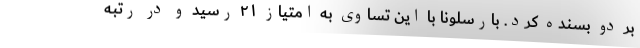
بر دو بسنده کرد. بارسلونا با این تساوی به امتیاز ۲۱ رسید و در رتبه